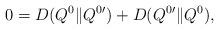
LaTeX: \begin{align*}0=D(Q^0\|Q^0{'})+D(Q^0{'}\|Q^0),\end{align*}